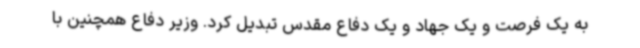
به یک فرصت و یک جهاد و یک دفاع مقدس تبدیل کرد. وزیر دفاع همچنین با